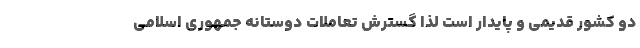
دو کشور قدیمی و پایدار است لذا گسترش تعاملات دوستانه جمهوری اسلامی